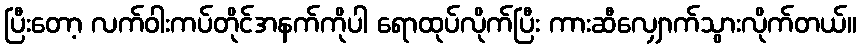
ပြီးတော့ လက်ဝါးကပ်တိုင်အနက်ကိုပါ ရောထုပ်လိုက်ပြီး ကားဆီလျှောက်သွားလိုက်တယ်။